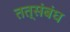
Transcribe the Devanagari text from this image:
तत्संबंध